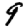
Digit: 9